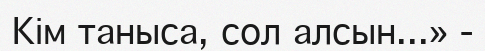
Кім таныса, сол алсын...» -